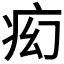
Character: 𬏠